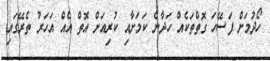
ހޯދުމަށް ފަސޭހަ ގޮތްތަކެއް ހަދާނެ ކަމަށާއި ކުރިއަށް އޮތް އެއް އަހަރު ތެރޭގައި